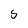
Character: S